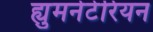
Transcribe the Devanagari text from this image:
ह्युमनेटेरियन